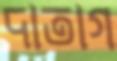
দাতাগ